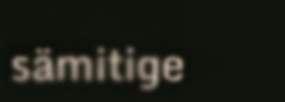
sämitige